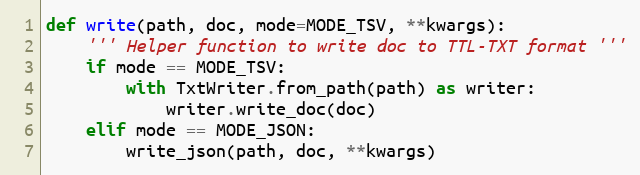
Language: Python
def write(path, doc, mode=MODE_TSV, **kwargs):
    ''' Helper function to write doc to TTL-TXT format '''
    if mode == MODE_TSV:
        with TxtWriter.from_path(path) as writer:
            writer.write_doc(doc)
    elif mode == MODE_JSON:
        write_json(path, doc, **kwargs)